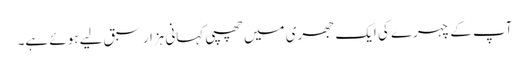
آپ کے چہرے کی ایک جھری میں چھپی کہانی ہزار سبق لیے ہوئے ہے۔